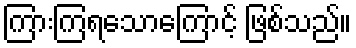
ကြားကြရသောကြောင့် ဖြစ်သည်။